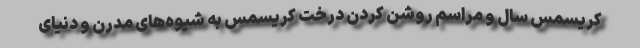
کریسمس سال و مراسم روشن کردن درخت کریسمس به شیوه‌های مدرن و دنیای